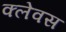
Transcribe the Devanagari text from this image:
क्लेवस